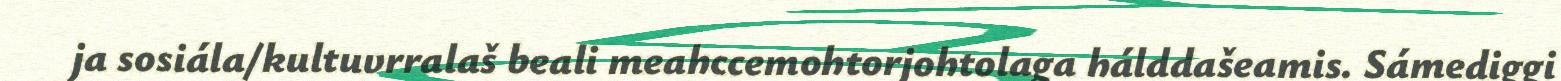
ja sosiála/kultuvrralaš beali meahccemohtorjohtolaga hálddašeamis. Sámediggi